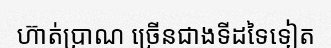
ហ៊ាត់ប្រាណ ច្រើនជាងទីដទៃទៀត